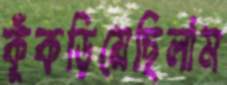
কুঁকড়িয়েছিলাম